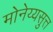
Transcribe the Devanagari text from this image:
मोनेय्यसुत्त